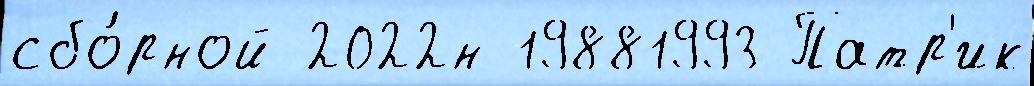
сбо́рной 2022н 19881993 Патр'ик